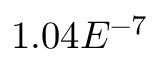
1 . 0 4 E ^ { - 7 }